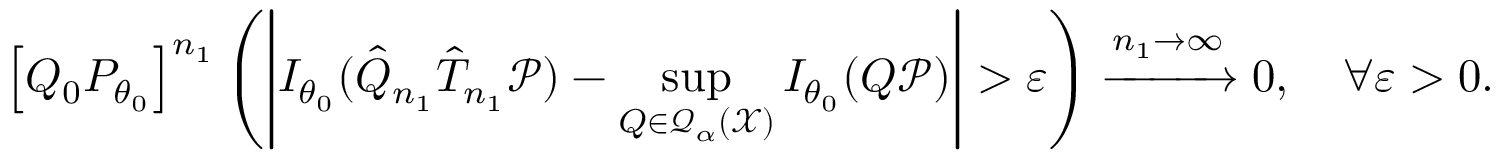
\left[ Q _ { 0 } P _ { \theta _ { 0 } } \right] ^ { n _ { 1 } } \left( \left| I _ { \theta _ { 0 } } ( \hat { Q } _ { n _ { 1 } } \hat { T } _ { n _ { 1 } } { \mathcal P } ) - \operatorname* { s u p } _ { Q \in \mathcal Q _ { \alpha } ( \mathcal X ) } I _ { \theta _ { 0 } } ( Q { \mathcal P } ) \right| > \varepsilon \right) \xrightarrow [ ] { n _ { 1 } \to \infty } 0 , \quad \forall \varepsilon > 0 .